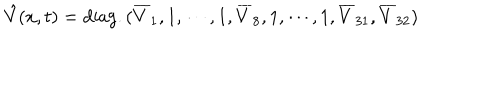
LaTeX: \hat { V } ( x , t ) = \mathrm { d i a g . } \, ( \overline { { { V } } } _ { 1 } , 1 , \cdots , 1 , \overline { { { V } } } _ { 8 } , 1 , \cdots , 1 , \overline { { { V } } } _ { 3 1 } , \overline { { { V } } } _ { 3 2 } )